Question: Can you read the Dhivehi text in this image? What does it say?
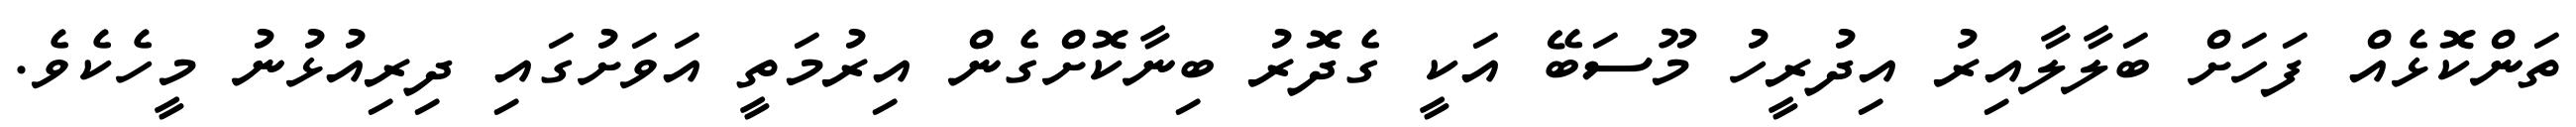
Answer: ތަންކޮޅެއް ފަހަށް ބަލާލާއިރު އިދުރީހު މޫސަބޭ އަކީ ގެދޮރު ބިނާކޮށްގެން އިރުމަތީ އަވަށުގައި ދިރިއުޅުނު މީހެކެވެ.